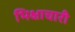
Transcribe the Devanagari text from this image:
भिक्षाचारी